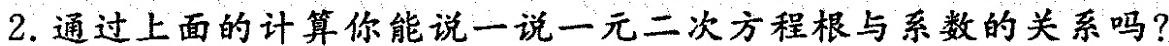
2.通过上面的计算你能说一说一元二次方程根与系数的关系吗?